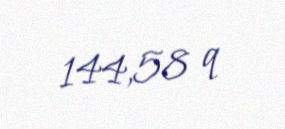
144,58 q